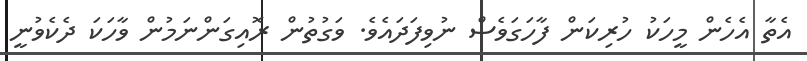
އެތާ އެހެން މީހަކު ހުރިކަން ފާހަގަވެސް ނުވިފަދައެވެ. ވަގުތުން ރޮއިގަންނަމުން ވާހަކަ ދެކެވުނީ